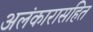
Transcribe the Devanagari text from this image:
अलंकारासहित